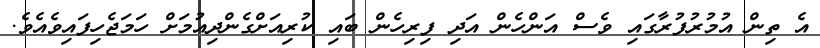
އެ ތިން އުމުރުފުރާގައި ވެސް އަންހެން އަދި ފިރިހެން ބައި ކުރިއަށްގެންދިއުމަށް ހަމަޖެހިފައިވެއެވެ.